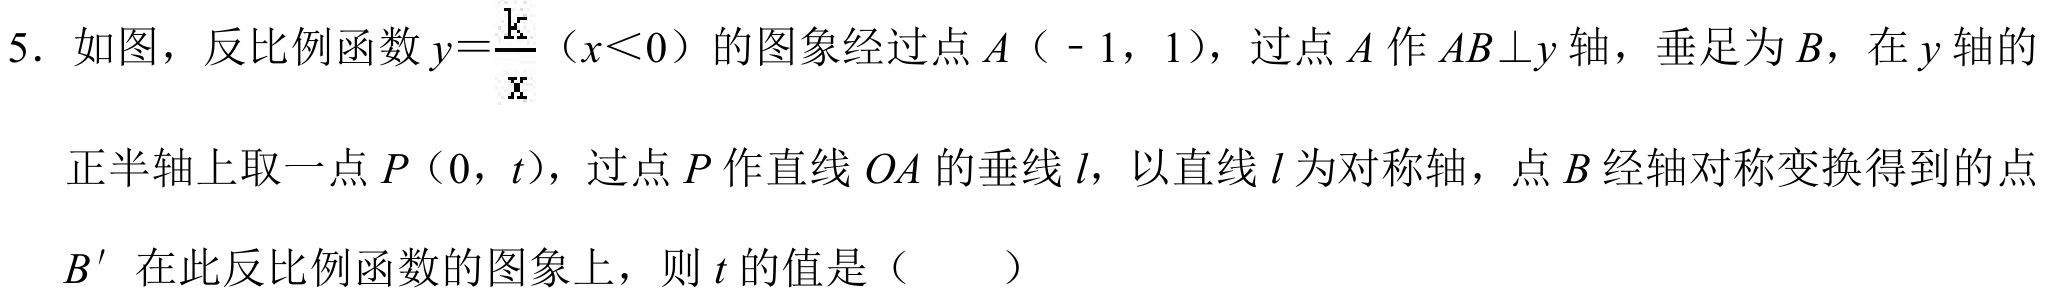
5. 如图，反比例函数\(y = \frac{k}{x}(x<0)\)的图象经过点\(A(-1,1)\)，过点\(A\)作\(AB\perp y\)轴，垂足为\(B\)，在\(y\)轴的
正半轴上取一点\(P(0,t)\)，过点\(P\)作直线\(OA\)的垂线\(l\)，以直线\(l\)为对称轴，点\(B\)经轴对称变换得到的点
\(B'\)在此反比例函数的图象上，则\(t\)的值是（  ）